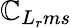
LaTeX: \mathbb{C}_{L_{r}ms}